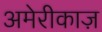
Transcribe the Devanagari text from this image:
अमेरीकाज़